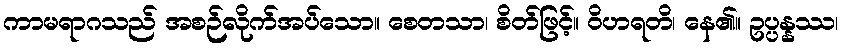
ကာမရာဂသည် အစဉ်လိုက်အပ်သော။ စေတသာ၊ စိတ်ဖြင့်။ ဝိဟရတိ၊ နေ၏။ ဥပ္ပန္နဿ၊